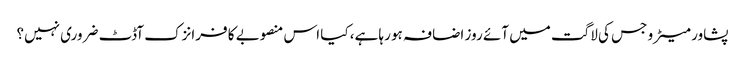
پشاور میٹرو جس کی لاگت میں آئے روز اضافہ ہو رہا ہے، کیا اس منصوبے کا فرانزک آڈٹ ضروری نہیں؟